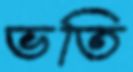
ভতি